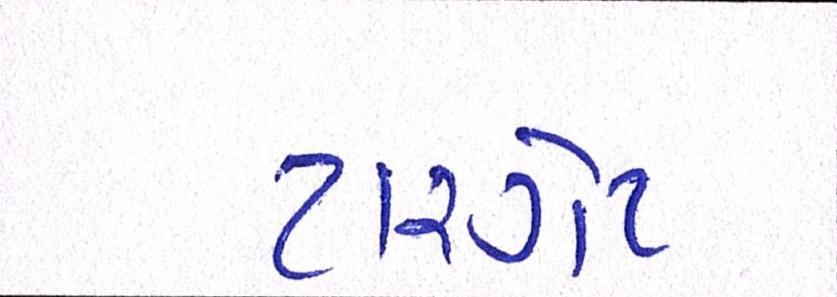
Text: ટારગેટ